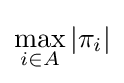
\max _{i\in A}|\pi _{i}|